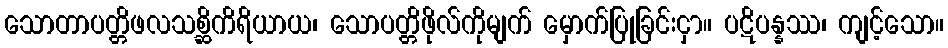
သောတာပတ္တိဖလသစ္ဆိကိရိယာယ၊ သောပတ္တိဖိုလ်ကိုမျက် မှောက်ပြုခြင်းငှာ။ ပဋိပန္နဿ၊ ကျင့်သော။